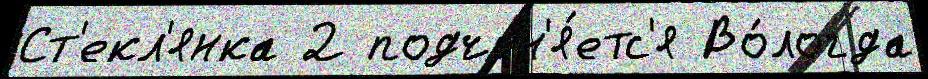
Ст'екл'янка 2 подчин'я́етс'я Во́логда